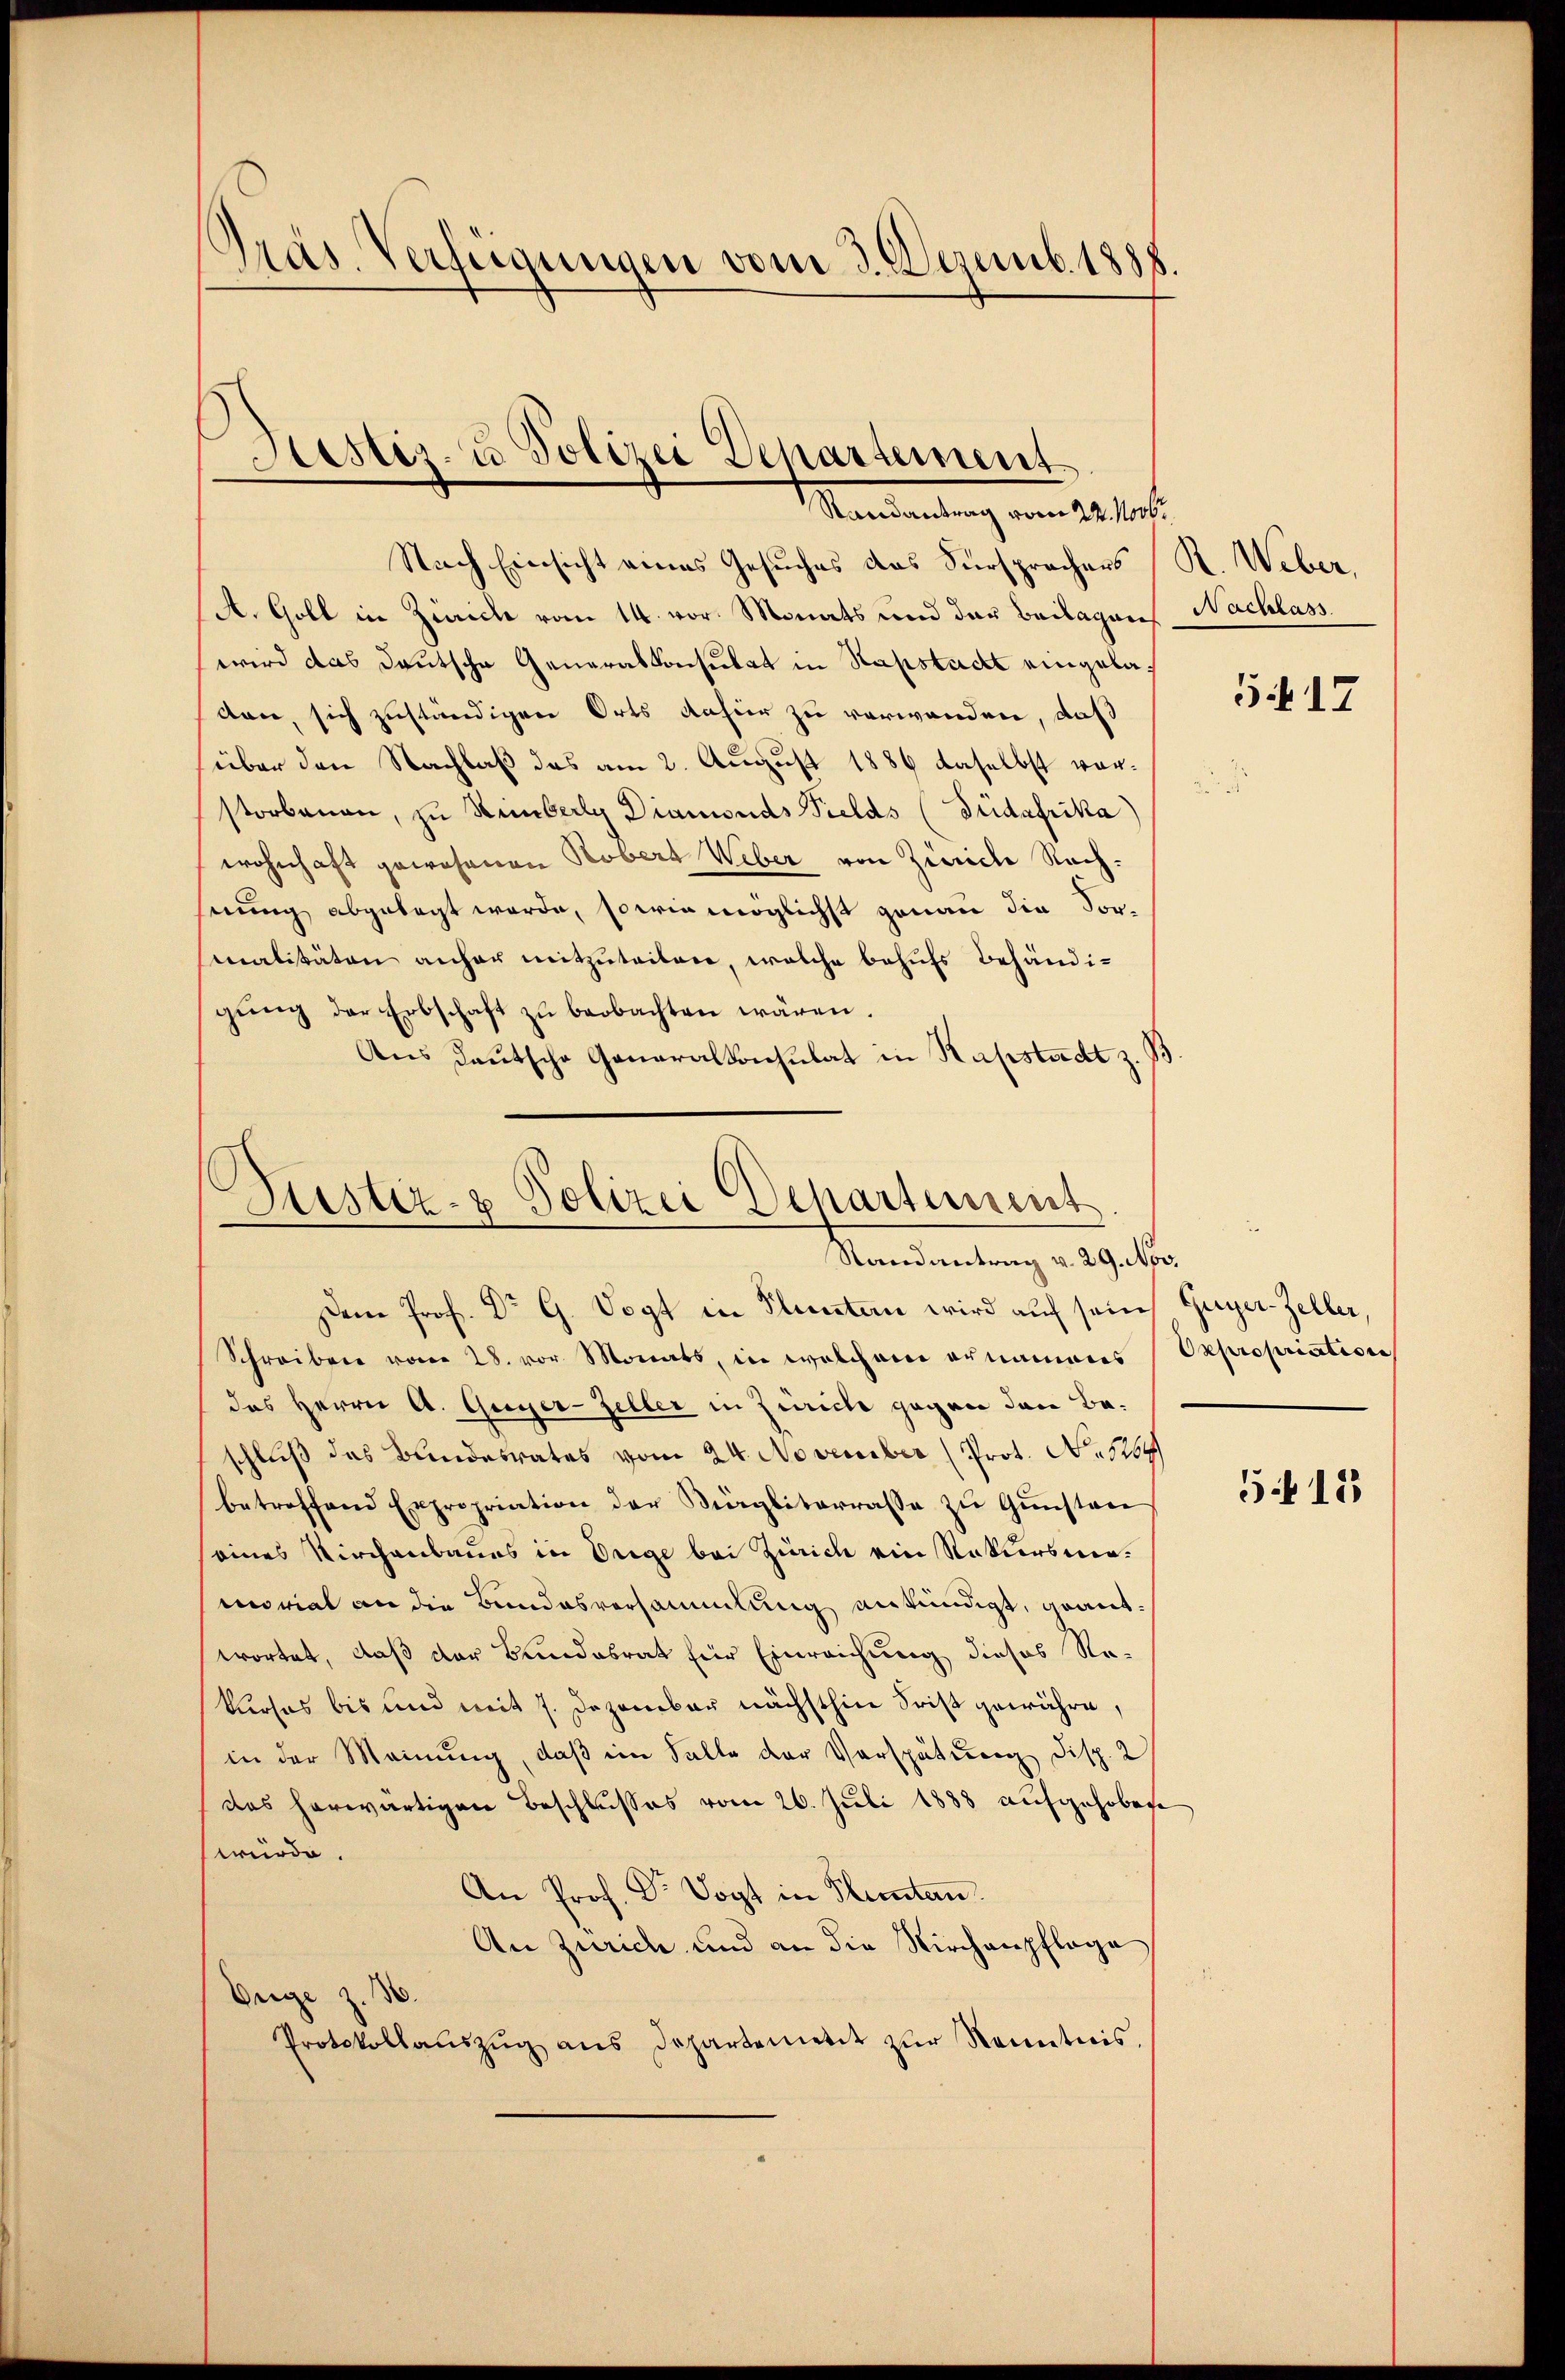
Präs. Verfügungen vom 3. Dezemb. 1888.

Restiz- u Polizei Departement
Randantrag vom 24. Novbr.

Nach Einsicht eines Gesuches des Fürsprechers R. Weber,
A. Goll in Zürich vom 14. vor. Monats und der Beilagenschlass
wird das Deutsche Generalkonsulat in Stapstacht eingeladen, sich zuständigen Orts dafür zu verwanden, daß
über den Nachlaß das am 2. August 1886 daselbst vorstorbenen, zu Hinberg Diamonds Felds (Füdafrika
wohnhaft gewesenen Kobers Weber von Zürich Rechnung abgelegt werde, sowie möglichst genau die Sor-
malitäten anher mitzuteilen, welche behufs behändigŭng der Erbschaft zŭ beobachten wären.
Aus deutsche Generalkonsulat in Hapstadt z.

Sistiz- & Polizei Departement
Mandantung des Gele

Dem Prof. Dr G. Vogt in Fluntern wird auf sein Guyer-Zeller,
Schreiben vom 28. vor Monats, in welchem ornamens Expropriation
das Herrn A. Guger-Zeller in Zürich gegen dann Baschluß das Bundesrates vom 24. November (Prot. No 1259
betroffend Expropriation der Siegliterrasse zŭ Gŭnsten
eines Kirchenbaues in Orige bei Zürich ein Rekursmamorial an die Bundesversammlung verkündigt, graut.
wortet, daß der Bundesrat für Einreichung dieses Reklioses bis und mit 7. Dezember nächsthin Frist gewähre,
in der Meinung, daß im Falle der Verspätung Disp. 2
das herwärtigen Beschlusses vom 26. Juli 1888 aufgehobene
würde.
An Prof. Dr. Vogt in Flunten.
An Zürich und an die Kirchenpflege
Weige Z. 36.
Protokollaŭszŭg ans Departemetit zŭr Kenntnis.

517

5418